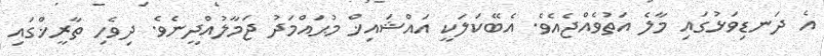
އެ ދަނޑިވަޅުގައި މާލެ އަތުވެއްޖެއެވެ. އެބޭކަލަކީ އައްޝައިޚް މުޙައްމަދު ޖަމާލުއްދީނެވެ. ދިވެހި ތާރީޚްގައި